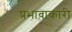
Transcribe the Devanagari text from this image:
प्रभावाकारी